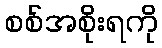
စစ်အစိုးရကို